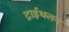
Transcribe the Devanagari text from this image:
ट्राईथलन